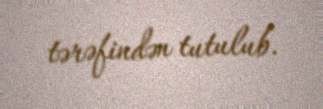
tərəfindən tutulub.